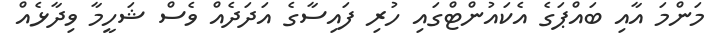
މަންމަ އާއި ބައްޕަގެ އެކައުންޓްގައި ހުރި ފައިސާގެ އަދަދެއް ވެސް ޝަހީމާ ވިދާޅެއް